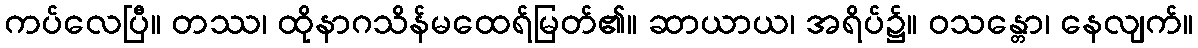
ကပ်လေပြီ။ တဿ၊ ထိုနာဂသိန်မထေရ်မြတ်၏။ ဆာယာယ၊ အရိပ်၌။ ဝသန္တော၊ နေလျက်။